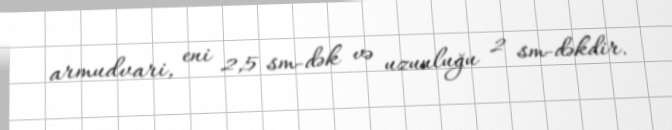
armudvari, eni 2,5 sm-dək və uzunluğu 2 sm-dəkdir.